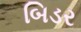
બિડર